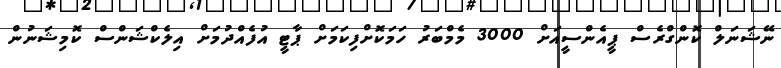
ނޭޝަނަލް ކޮންގްރެސް ޕީއެންސީއަށް 3000 މެމްބަރު ހަމަކޮށްފިކަމަށް ޕާޓީ އުފެއްދުމަށް އިލެކްޝަންސް ކޮމިޝަނުން